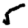
Digit: 5